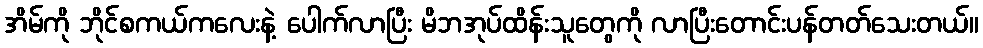
အိမ်ကို ဘိုင်စကယ်ကလေးနဲ့ ပေါက်လာပြီး မိဘအုပ်ထိန်းသူတွေကို လာပြီးတောင်းပန်တတ်သေးတယ်။